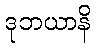
ဒုဘယာနိ